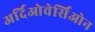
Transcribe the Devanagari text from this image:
अर्दिओवेर्सिओन